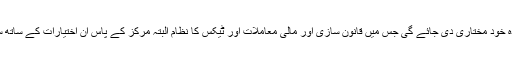
(4) اختیارات کو متناسب طریقے سے صوبوں اور مرکز کے درمیان تقسیم میں صوبوں کو زیادہ سے زیادہ خود مختاری دی جائے گی جس میں قانون سازی اور مالی معاملات اور ٹیکس کا نظام البتہ مرکز کے پاس ان اختیارات کے ساتھ ساتھ ملک کی داخلی اور خارجی معاملات کے ساتھ ساتھ ملکی سرحدوں کے دفاع کی ذمہ داری بھی ہوگی۔